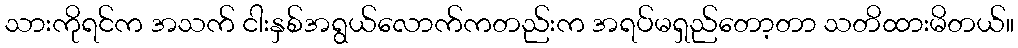
သားကိုရင်က အသက် ငါးနှစ်အရွယ်လောက်ကတည်းက အရပ်မရှည်တော့တာ သတိထားမိတယ်။